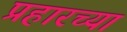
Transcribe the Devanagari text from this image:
प्रहारच्या